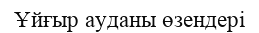
Ұйғыр ауданы өзендері